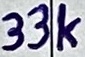
Text: 33k